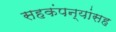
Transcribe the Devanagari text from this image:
सहकंपन्यांसह